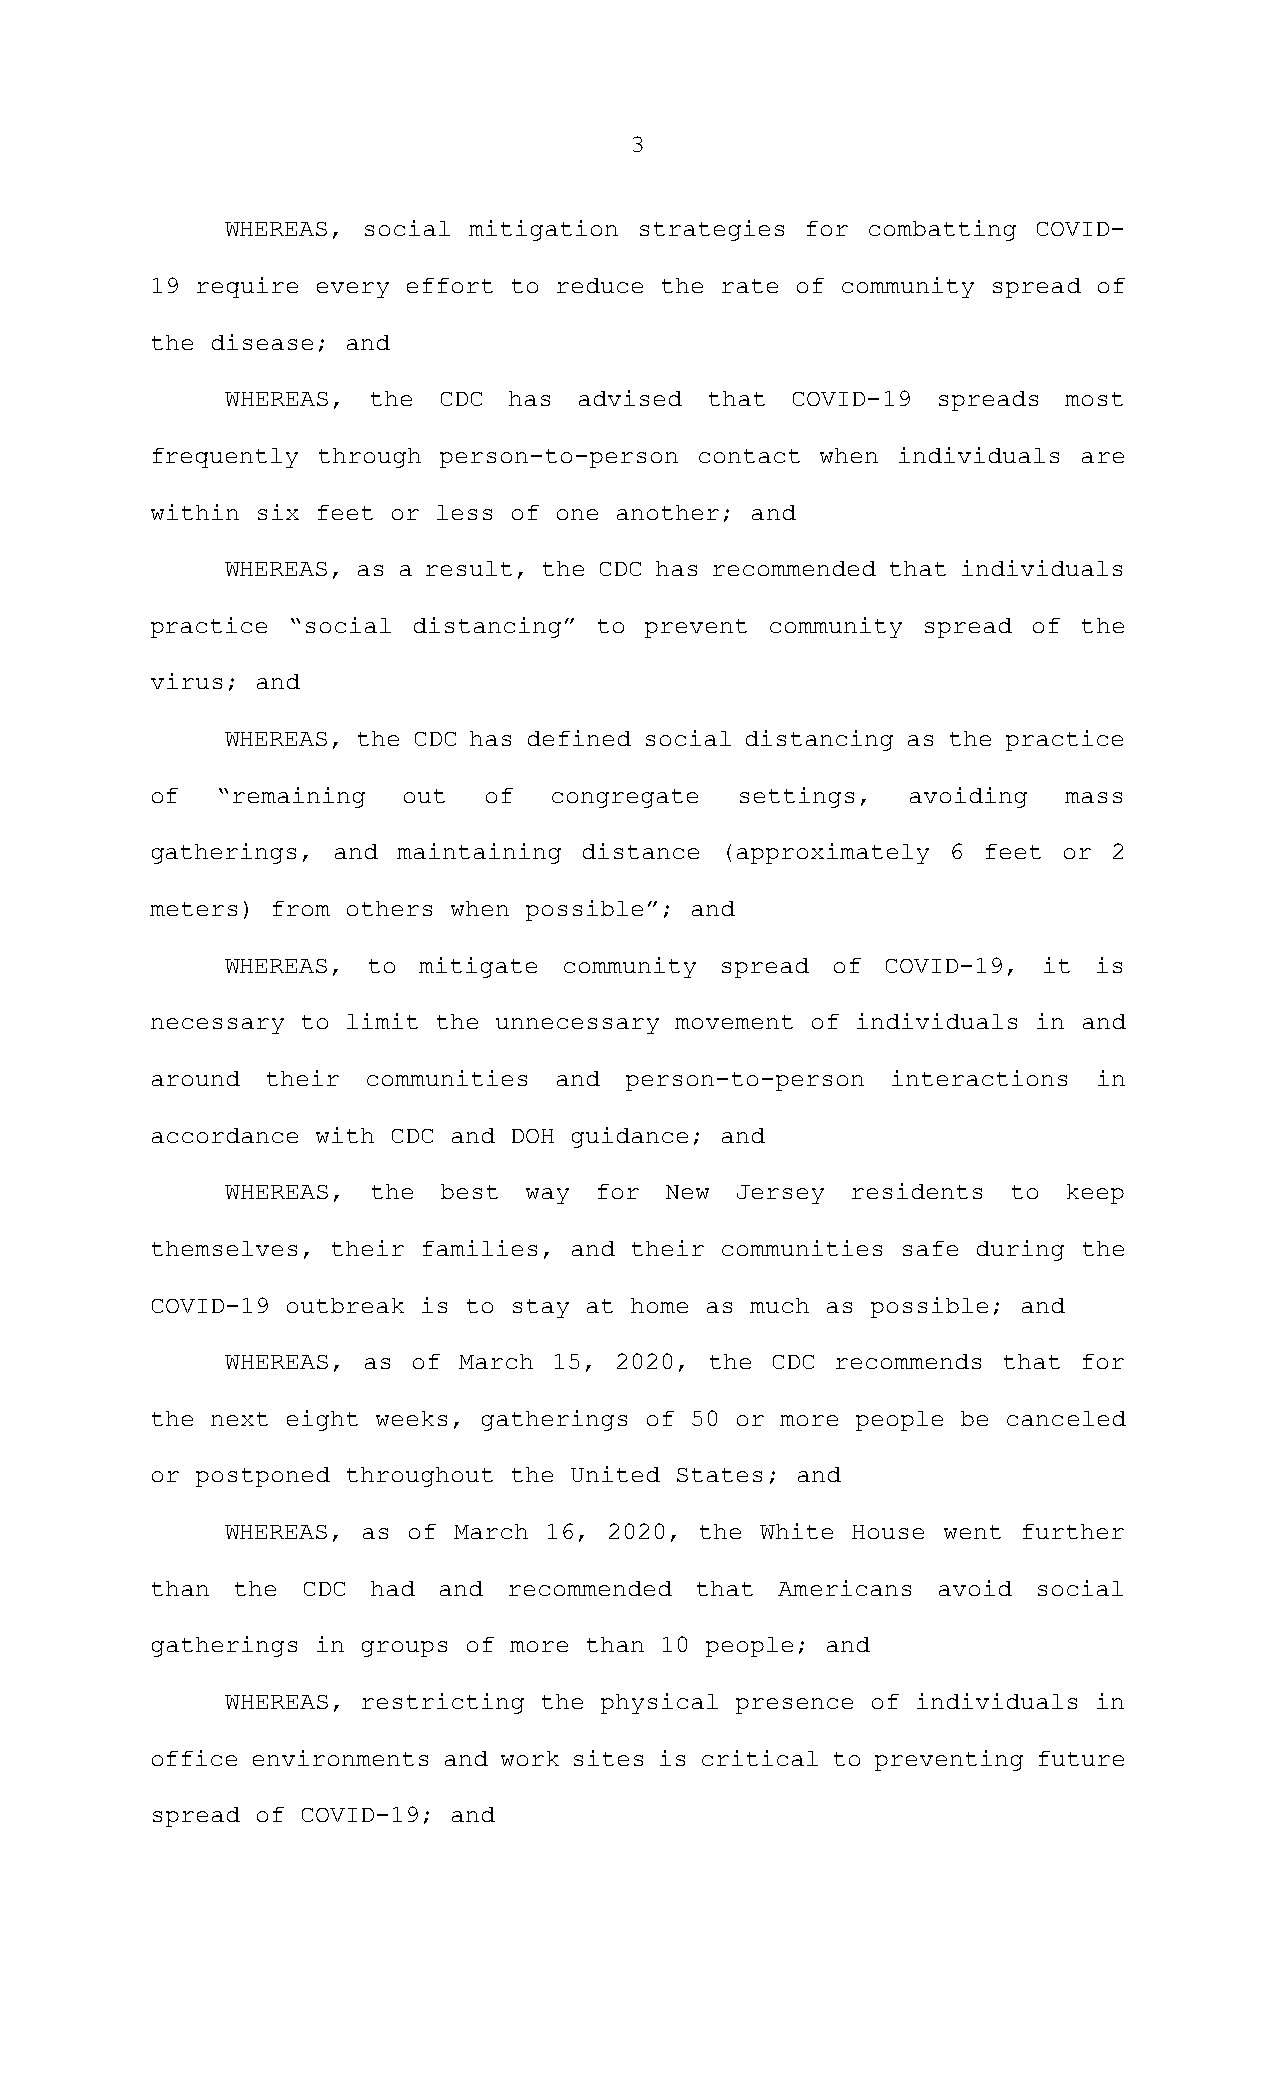
3
 WHEREAS, social mitigation strategies for combatting  COVID-
 19 require every effort to reduce the rate of community spread of
 the disease; and
 WHEREAS, the  CDC  has advised  that COVID-19  spreads  most
 frequently through person-to-person contact when individuals  are
 within six feet or less of one another; and
 WHEREAS, as a result, the CDC has recommended that individuals
 practice “social distancing” to  prevent community spread of  the
 virus; and
 WHEREAS, the CDC has defined social distancing as the practice
 of  “remaining   out  of  congregate   settings,  avoiding   mass
 gatherings, and maintaining  distance (approximately 6 feet or  2
 meters) from others when possible”; and
 WHEREAS, to  mitigate community  spread of  COVID-19, it  is
 necessary to limit the unnecessary movement of individuals in and
 around  their communities  and person-to-person  interactions  in
 accordance with CDC and DOH guidance; and
 WHEREAS,  the best  way for  New  Jersey residents  to  keep
 themselves, their families, and their communities safe during the
 COVID-19 outbreak is to stay at home as much as possible; and
 WHEREAS, as of March  15, 2020, the CDC recommends that  for
 the next eight weeks, gatherings of 50 or more people be canceled
 or postponed throughout the United States; and
 WHEREAS, as of March 16, 2020, the White House went  further
 than the  CDC had  and  recommended that  Americans avoid  social
 gatherings in groups of more than 10 people; and
 WHEREAS, restricting the physical presence of individuals in
 office environments and work sites is critical to preventing future
 spread of COVID-19; and